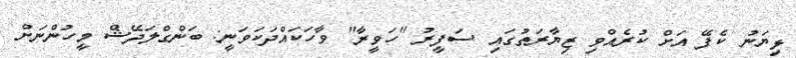
ޅިޔަނު ކެފޭ އަށް ކުރެއްވި ޒިޔާރަތުގައި ސަފީރު "ހަވީރާ" ވާހަކައްދަކަވަނީ: ބަންގްލަދޭޝް މީހުންނަށް